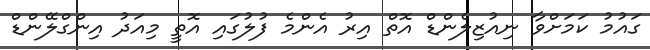
ގައުމު ކަމަށްވާ ނިއުޒިލެންޑް އޮތް އިރު އެންމެ ފުލުގައި އޮތީ މިއަދު އިންގްލޭންޑް